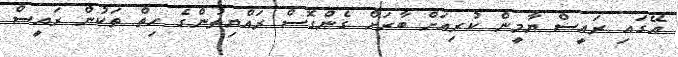
އޭގައި ރައީސް ޔާމީން ކުރިއަށް ބާރަށް ގެންގޮސް ރައްޔިތުންގެ ހިތް ތަކުން ރައީސް